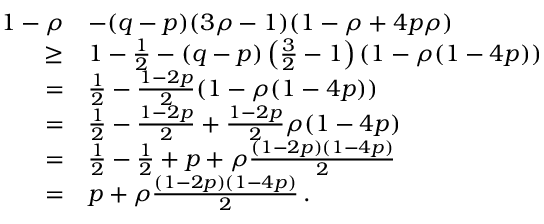
\begin{array} { r l } { 1 - \rho } & { - ( q - p ) ( 3 \rho - 1 ) ( 1 - \rho + 4 p \rho ) } \\ { \ge } & { 1 - \frac { 1 } { 2 } - ( q - p ) \left( \frac { 3 } { 2 } - 1 \right) ( 1 - \rho ( 1 - 4 p ) ) } \\ { = } & { \frac { 1 } { 2 } - \frac { 1 - 2 p } { 2 } ( 1 - \rho ( 1 - 4 p ) ) } \\ { = } & { \frac { 1 } { 2 } - \frac { 1 - 2 p } { 2 } + \frac { 1 - 2 p } { 2 } \rho ( 1 - 4 p ) } \\ { = } & { \frac { 1 } { 2 } - \frac { 1 } { 2 } + p + \rho \frac { ( 1 - 2 p ) ( 1 - 4 p ) } { 2 } } \\ { = } & { p + \rho \frac { ( 1 - 2 p ) ( 1 - 4 p ) } { 2 } \, . } \end{array}